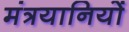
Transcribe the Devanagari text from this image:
मंत्रयानियों